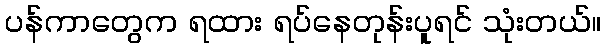
ပန်ကာတွေက ရထား ရပ်နေတုန်းပူရင် သုံးတယ်။